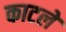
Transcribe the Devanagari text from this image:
काटले